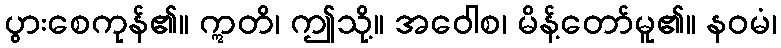
ပွားစေကုန်၏။ ဣတိ၊ ဤသို့။ အဝေါစ၊ မိန့်တော်မူ၏။ နဝမံ၊